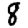
Digit: 8